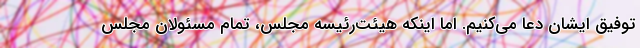
توفیق ایشان دعا می‌کنیم. اما اینکه هیئت‌رئیسه مجلس، تمام مسئولان مجلس